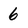
Character: 6